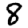
Digit: 8